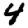
Digit: 4